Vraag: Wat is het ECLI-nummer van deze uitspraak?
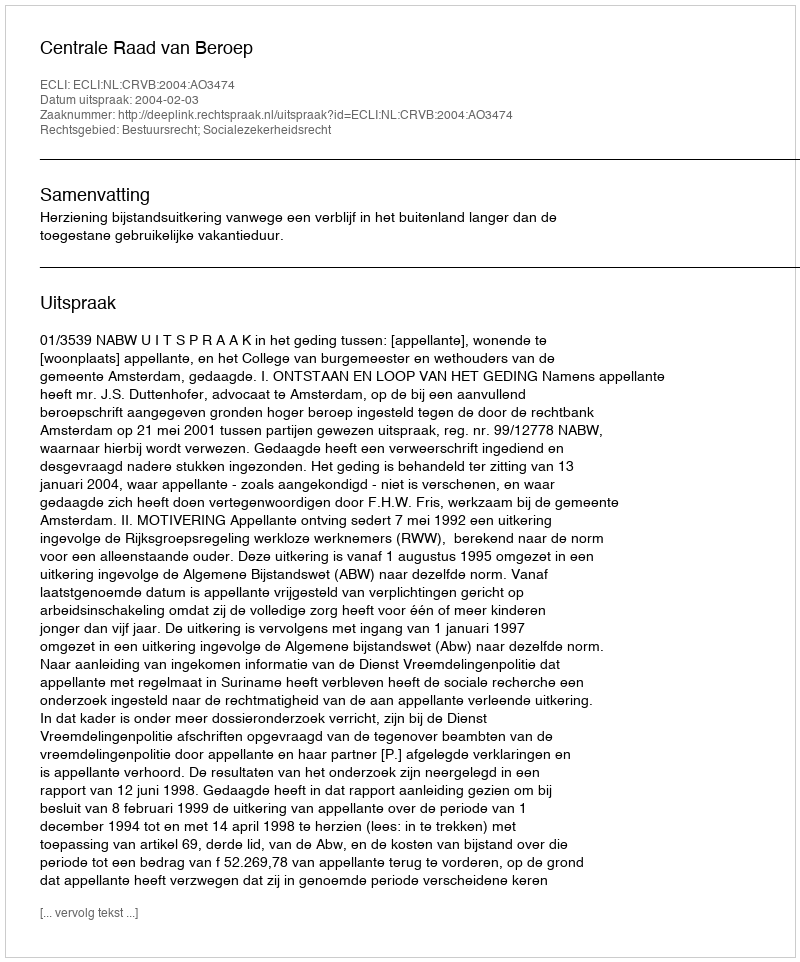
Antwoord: ECLI:NL:CRVB:2004:AO3474